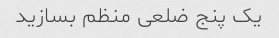
یک پنج ضلعی منظم بسازید